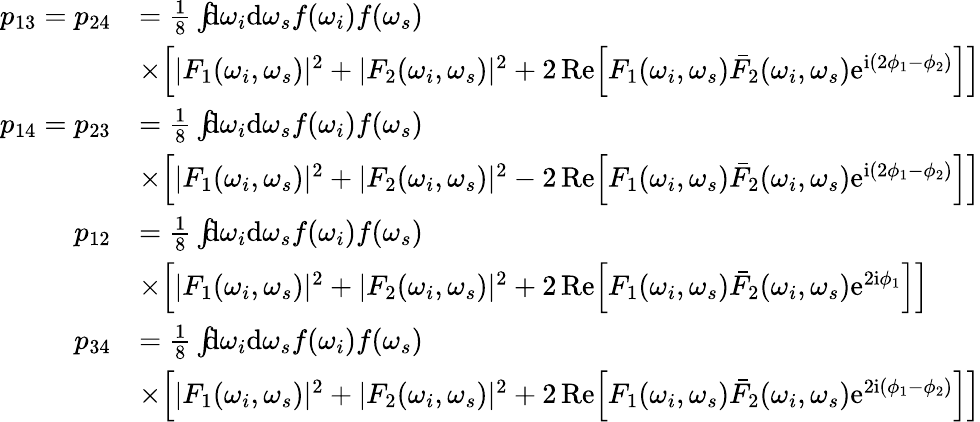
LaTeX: \begin{array}{rl}{p_{13}=p_{24}}&{=\frac{1}{8}\int\! \! \! \mathrm{d}\omega_{i}\mathrm{d}\omega_{s}f(\omega_{i})f(\omega_{s})}\\ &{\times\Big[|F_{1}(\omega_{i},\omega_{s})|^{2}+|F_{2}(\omega_{i},\omega_{s})|^{2}+2\, \mathrm{Re}\Big[F_{1}(\omega_{i},\omega_{s})\bar{F}_{2}(\omega_{i},\omega_{s})\mathrm{e}^{\mathrm{i}(2\phi_{1}-\phi_{2})}\Big]\Big]}\\ {p_{14}=p_{23}}&{=\frac{1}{8}\int\! \! \! \mathrm{d}\omega_{i}\mathrm{d}\omega_{s}f(\omega_{i})f(\omega_{s})}\\ &{\times\Big[|F_{1}(\omega_{i},\omega_{s})|^{2}+|F_{2}(\omega_{i},\omega_{s})|^{2}-2\, \mathrm{Re}\Big[F_{1}(\omega_{i},\omega_{s})\bar{F}_{2}(\omega_{i},\omega_{s})\mathrm{e}^{\mathrm{i}(2\phi_{1}-\phi_{2})}\Big]\Big]}\\ {p_{12}}&{=\frac{1}{8}\int\! \! \! \mathrm{d}\omega_{i}\mathrm{d}\omega_{s}f(\omega_{i})f(\omega_{s})}\\ &{\times\Big[|F_{1}(\omega_{i},\omega_{s})|^{2}+|F_{2}(\omega_{i},\omega_{s})|^{2}+2\, \mathrm{Re}\Big[F_{1}(\omega_{i},\omega_{s})\bar{F}_{2}(\omega_{i},\omega_{s})\mathrm{e}^{2\mathrm{i}\phi_{1}}\Big]\Big]}\\ {p_{34}}&{=\frac{1}{8}\int\! \! \! \mathrm{d}\omega_{i}\mathrm{d}\omega_{s}f(\omega_{i})f(\omega_{s})}\\ &{\times\Big[|F_{1}(\omega_{i},\omega_{s})|^{2}+|F_{2}(\omega_{i},\omega_{s})|^{2}+2\, \mathrm{Re}\Big[F_{1}(\omega_{i},\omega_{s})\bar{F}_{2}(\omega_{i},\omega_{s})\mathrm{e}^{2\mathrm{i}(\phi_{1}-\phi_{2})}\Big]\Big]}\end{array}